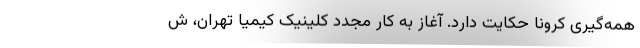
همه‌گیری کرونا حکایت دارد. آغاز به کار مجدد کلینیک کیمیا تهران، ش